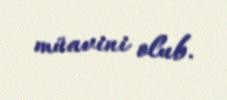
müavini olub.